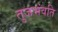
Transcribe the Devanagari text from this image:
तुजभंवति